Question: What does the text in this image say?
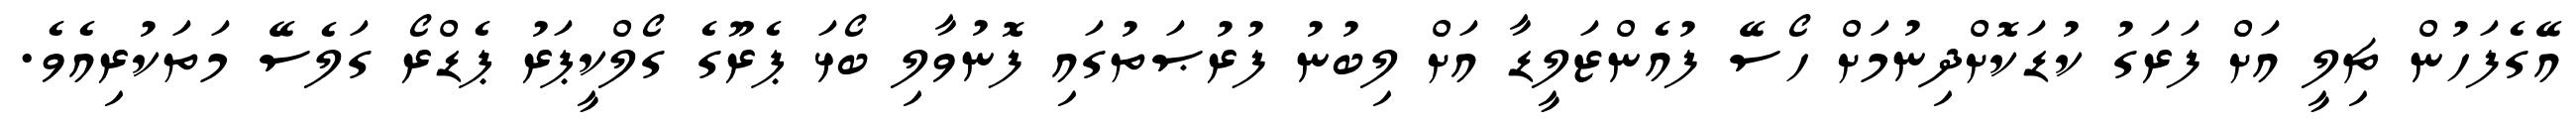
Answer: އޭގެފަހުން ޗިލީ އަށް ފަރަގު ކުޑަކޮށްދިނުމަށް ހޯސޭ ފުއެންޒަލީޑާ އަށް ލިބުނު ފުރުޞަތުގައި ފޮނުވާލި ބޯޅަ ޕެރޫގެ ގޯލްކީޕަރު ޕެޑްރޯ ގަލެސޭ މަތަކުރިއެވެ.